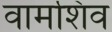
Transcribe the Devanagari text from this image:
वामशिव